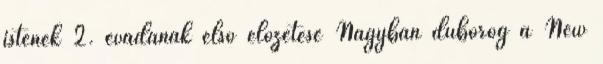
istenek 2. évadának első előzetese Nagyban dübörög a New